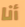
أنا